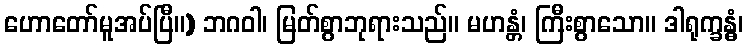
ဟောတော်မူအပ်ပြီ။) ဘဂဝါ၊ မြတ်စွာဘုရားသည်။ မဟန္တံ၊ ကြီးစွာသော။ ဒါရုက္ခန္ဓံ၊